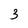
Character: 3